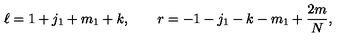
\ell = 1 + j _ { 1 } + m _ { 1 } + k , \qquad r = - 1 - j _ { 1 } - k - m _ { 1 } + { \frac { 2 m } { N } } ,